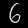
Label: 6